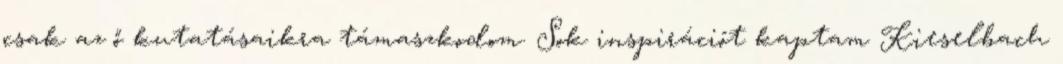
csak az ő kutatásaikra támaszkodom. Sok inspirációt kaptam Kieselbach